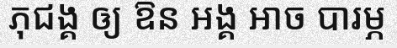
ភុជង្គ ឲ្យ ឱន អង្គ អាច បារម្ភ